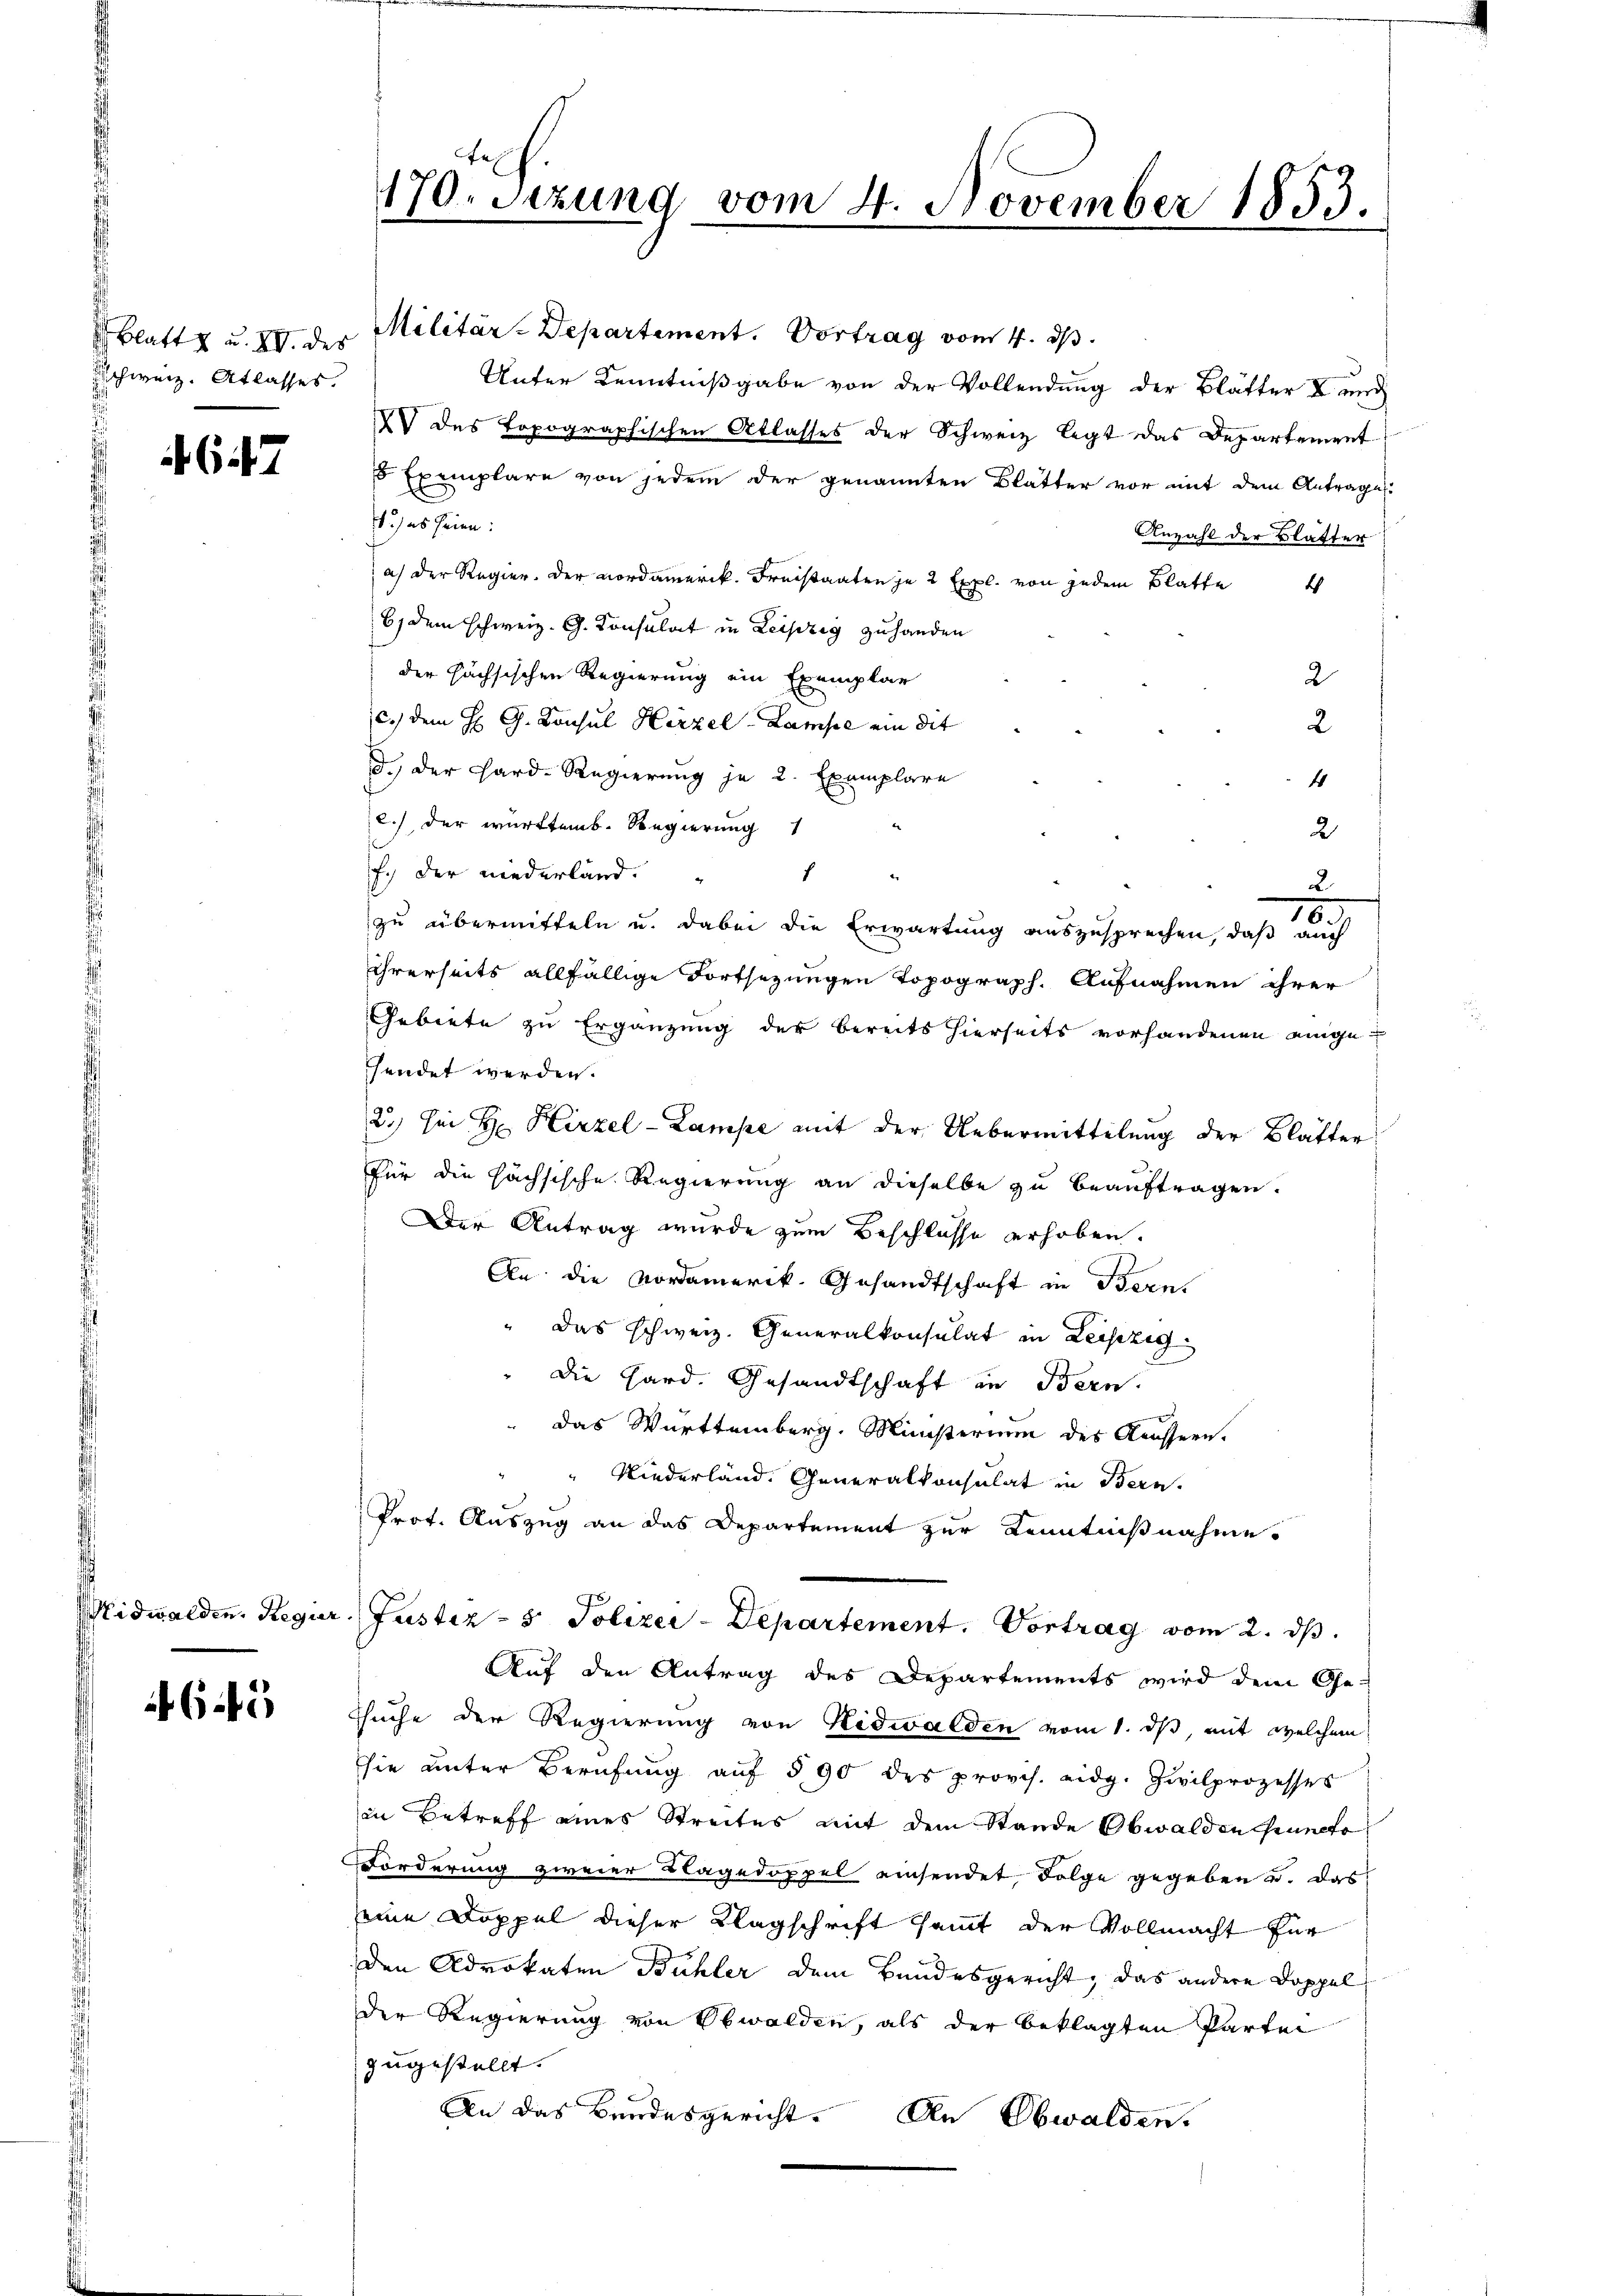
chweiz. Atlasses.

4647

Midwalden. Regier

6

170. Sezung vom 4. November 1853.

Blatt u. XV. der Militär-Departement. Vortrag vom 4. ds.
Unter Kenntnißgabe von der Vollendung der Blätter I und
I des topographischen Atlasses der Schweiz legt das Departement
5 Exemplare von jedem der genannten Blätter vor mit dem Antrage
1.) es seien:
Anzahl der Blätter
af der Regier. Der Nordamerik. Freistaaten je 2 Expl. von jedem Blatte
6) dem schweiz. G. Consulat in Leipzig zu handen
der höchsischen Regierung ein Exemplar
2
c.) dem H. G. Consul Herzel-Lampe ein die
2
d.) der Hard-Regierung je 2 Exemplare
4
2.) der württemb. Regierung
2
f.) der niederland.
f
2.
10.
zu übermitteln u. dabei die Erwartung auszusprechen, daß auch
Ihrerseits allfällige Fortsezungen Topograph. Aufnahmen ihrer
Gebiete zu Ergänzung der bereits hierseits vorhandenen einge-
shendet werden.
2) sei Hr. Hirzel-Lampe mit der Uebermittelung der Blätter
für die hächsische Regierung an dieselbe zu beauftragen.
Der Antrag wurde zum Beschlusse erhoben.
An die Nordamerik, Gesandtschaft in Berns
" Das schweiz. Generalkonsulat in Leipzig
" Die Hard. Gesandtschaft in Bern.
Das Württemberg. Ministerium des Aeussern.
“ Niederland. Generalkonsulat in Bern.
Prot. Auszug an das Departement zur Kenntnißnahme.
Justiz- & Polizei-Departement. Vortrag vom 2. dβ.
Auf den Antrag des Departements wird dem Ge-
Esuche der Regierung von Nidwalden vom 1. ds, mit welchem
sie unter Berufung aŭf § 90 des provis. eidg. Zivilprozesses
in Betreff eines Streites mit dem Stande Obwalden Puncto
Forderung zweier Klagedoppel ansendet, Folge gegeben u. das
eine Doppel dieser Klagschrift sammt der Vollmacht für
den Advokaten Bühler dem Bundesgericht, das andere Doppel
der Regierung von Obwalden, als der beklagten Partei
zugestellt.
An das Bundesgericht. An Obwalden.